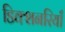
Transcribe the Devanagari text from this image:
डिक्शनरियाँ